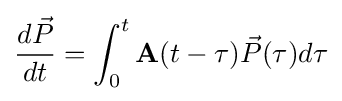
{\frac {d{\vec {P}}}{dt}}=\int _{0}^{t}\mathbf {A} (t-\tau ){\vec {P}}(\tau )d\tau